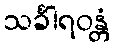
သင်္ခါရဝန္တံ